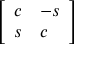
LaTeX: \left[ \begin{array} { l l } { c } & { - s } \\ { s } & { c } \end{array} \right]